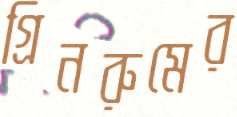
গ্রিনরুমের